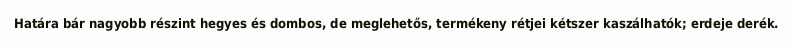
Határa bár nagyobb részint hegyes és dombos, de meglehetős, termékeny rétjei kétszer kaszálhatók; erdeje derék.